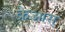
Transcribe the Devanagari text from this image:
क्रेआस्